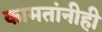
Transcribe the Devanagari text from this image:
कामतांनीही